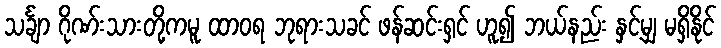
သင်္ချာ ဂိုဏ်းသားတို့ကမူ ထာဝရ ဘုရားသခင် ဖန်ဆင်းရှင် ဟူ၍ ဘယ်နည်း နှင့်မျှ မရှိနိုင်